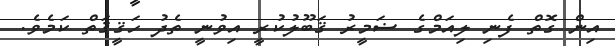
އިން ގޮތް ފެނި ލިއަމްގެ ޟަމީރު ޤަބޫލުކުރީ އިވުނީ ތެދު ހަޤީޤަތް ކަމެވެ.